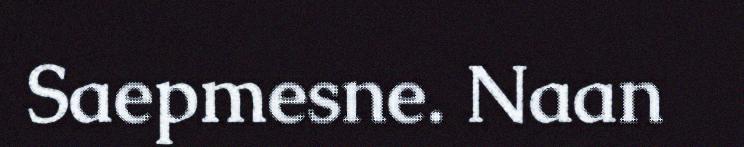
Saepmesne. Naan